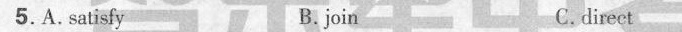
5. A.Satisfy B. join C. amazing